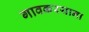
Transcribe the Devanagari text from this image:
गावकरयाना